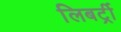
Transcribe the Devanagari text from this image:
लिबर्ट्री